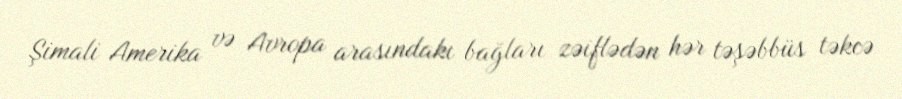
Şimali Amerika və Avropa arasındakı bağları zəiflədən hər təşəbbüs təkcə